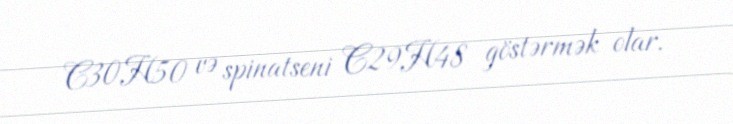
C30H50 və spinatseni C29H48 göstərmək olar.